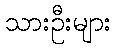
သားဦးများ